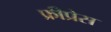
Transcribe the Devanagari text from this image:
फ्रीप्रेस